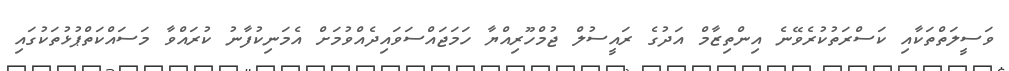
ވަސީލަތްތަކާއި ކަސްރަތުކުރެވޭނެ އިންތިޒާމް އަދުގެ ރައީސުލް ޖުމްހޫރިއްޔާ ހަމަޖައްސަވައިދެއްވުމަށް އެމަނިކުފާނު ކުރައްވާ މަސައްކަތްޕުޅުތަކުގައި